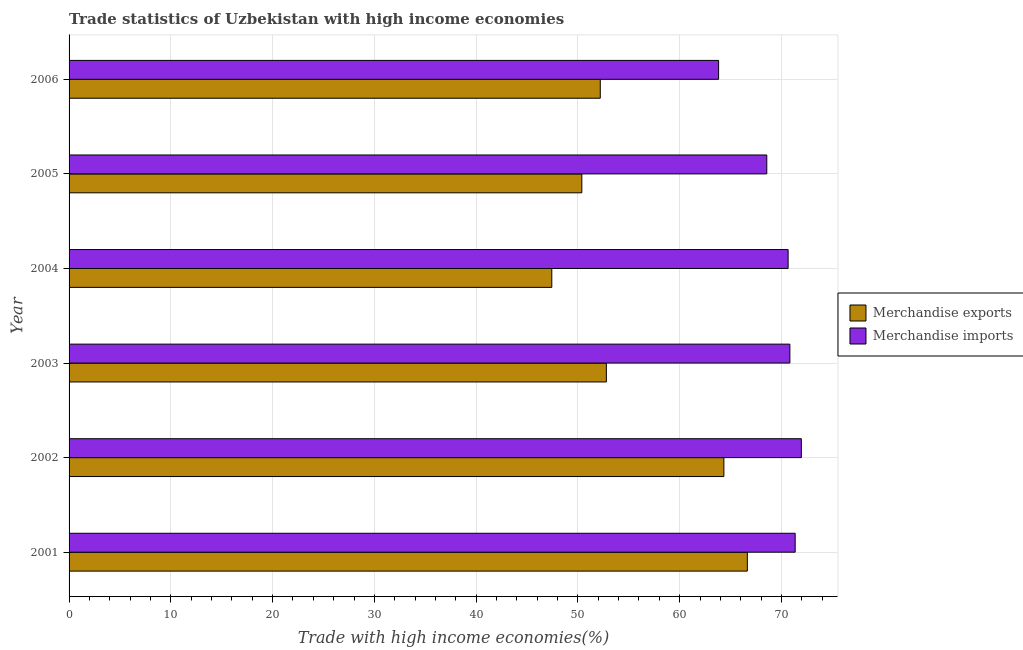
| Year | Merchandise exports | Merchandise imports |
 | --- | --- | --- |
 | 2001 | 66.7 | 71.4 |
 | 2002 | 64.3 | 72 |
 | 2003 | 52.8 | 70.8 |
 | 2004 | 47.4 | 70.7 |
 | 2005 | 50.4 | 68.6 |
 | 2006 | 52.2 | 63.8 |